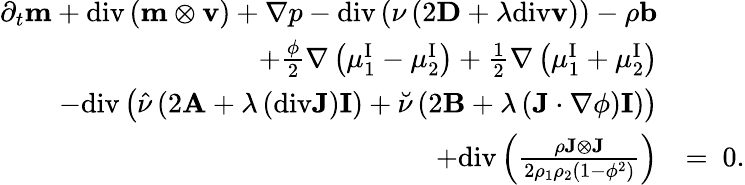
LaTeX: \begin{array}{rl}{\partial_{t}\mathbf{m}+\mathrm{div}\left(\mathbf{m}\otimes\mathbf{v}\right)+\nabla p-\mathrm{div}\left(\nu\left(2\mathbf{D}+\lambda\mathrm{div}\mathbf{v}\right)\right)-\rho\mathbf{b}}&{}\\ {+\frac{\phi}{2}\nabla\left(\mu_{1}^{\mathrm{I}}-\mu_{2}^{\mathrm{I}}\right)+\frac{1}{2}\nabla\left(\mu_{1}^{\mathrm{I}}+\mu_{2}^{\mathrm{I}}\right)}&{}\\ {-\mathrm{div}\left(\hat{\nu}\left(2\mathbf{A}+\lambda\left(\mathrm{div}\mathbf{J}\right)\mathbf{I}\right)+\breve{\nu}\left(2\mathbf{B}+\lambda\left(\mathbf{J}\cdot\nabla\phi\right)\mathbf{I}\right)\right)}&{}\\ {+\mathrm{div}\left(\frac{\rho\mathbf{J}\otimes\mathbf{J}}{2\rho_{1}\rho_{2}(1-\phi^{2})}\right)}&{=~0.}\end{array}